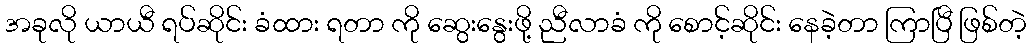
အခုလို ယာယီ ရပ်ဆိုင်း ခံထား ရတာ ကို ဆွေးနွေးဖို့ ညီလာခံ ကို စောင့်ဆိုင်း နေခဲ့တာ ကြာပြီ ဖြစ်တဲ့